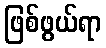
ဖြစ်ဖွယ်ရာ